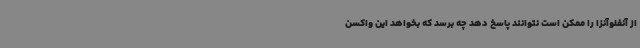
از آنفلوآنزا را ممکن است نتوانند پاسخ دهد چه برسد که بخواهد این واکسن